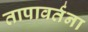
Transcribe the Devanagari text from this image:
तापावर्तना